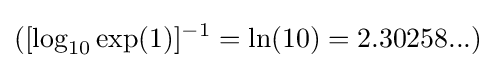
([\log _{10}\exp(1)]^{-1}=\ln(10)=2.30258...)